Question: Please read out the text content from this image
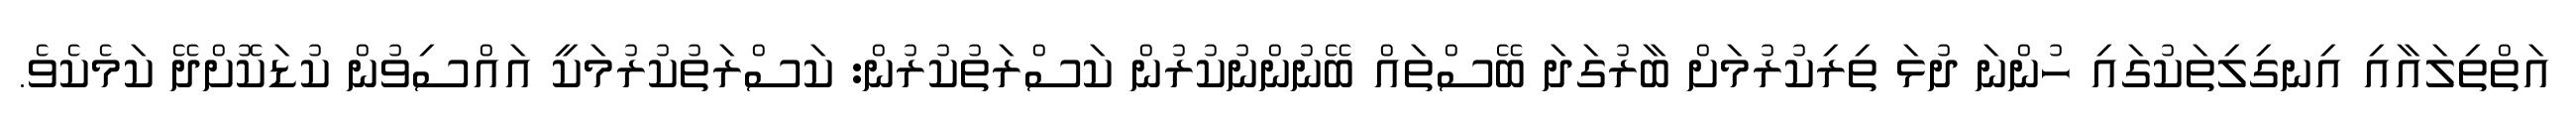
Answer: އަތްތިލައާއި އިނގިލިތަކުގައި ހުންނަ ދުޅަ ތިރިކުރުމަށް ބާރުގަދަ ބޭސްތައް ބޭނުންނުކުރުން ކަސްރަތުކުރުން: ކަސްރަތުކުރުމަކީ އައްސިވުން ކުޑަކޮށްދޭ ކަމެކެވެ.